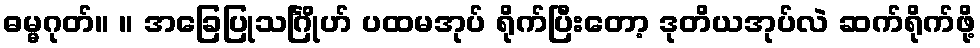
ဓမ္မဂုတ်။ ။ အခြေပြုသင်္ဂြိုဟ် ပထမအုပ် ရိုက်ပြီးတော့ ဒုတိယအုပ်လဲ ဆက်ရိုက်ဖို့